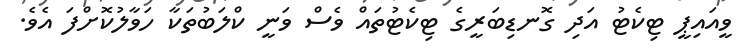
ވީއައިޕީ ޓިކެޓު އަދި ގޮނޑިބަރީގެ ޓިކެޓުތައް ވެސް ވަނީ ކްލަބުތަކާ ހަވާލުކޮށްފަ އެވެ.